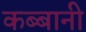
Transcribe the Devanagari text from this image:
कब्बानी